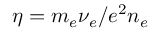
\eta = m _ { e } \nu _ { e } / e ^ { 2 } n _ { e }